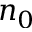
n _ { 0 }